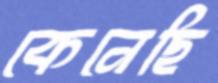
কেনেছি